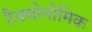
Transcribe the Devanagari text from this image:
टैक्सोनोमिक